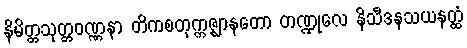
နိမိတ္တသုတ္တဝဏ္ဏနာ တိကစတုက္ကဇ္ဈာနတော တဏ္ဍုလေ နိသီဒနသယနတ္ထံ